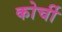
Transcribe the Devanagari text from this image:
कोर्ची